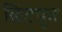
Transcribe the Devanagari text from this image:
छिटपुत